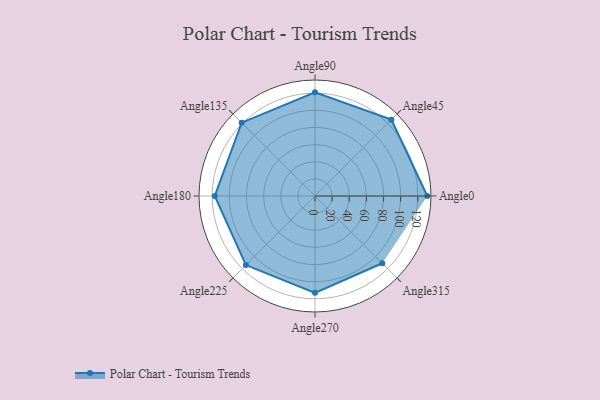
{"axis": {"x": "Angle", "y": "Radius"}, "legend": [""], "data": [{"x": "Angle0", "y": 131.0, "type": ""}, {"x": "Angle45", "y": 126.0, "type": ""}, {"x": "Angle90", "y": 121.0, "type": ""}, {"x": "Angle135", "y": 121.0, "type": ""}, {"x": "Angle180", "y": 117.0, "type": ""}, {"x": "Angle225", "y": 114.0, "type": ""}, {"x": "Angle270", "y": 113.0, "type": ""}, {"x": "Angle315", "y": 111.0, "type": ""}]}